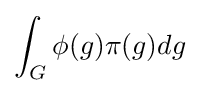
\int _{G}\phi (g)\pi (g)dg